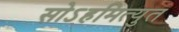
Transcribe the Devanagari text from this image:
सोऽहमित्युत